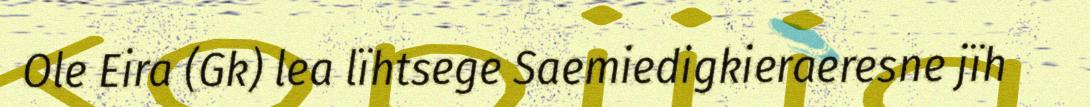
Ole Eira (Gk) lea lïhtsege Saemiedigkieraeresne jïh